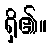
ရှိ၏။